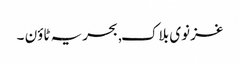
غزنوی بلاک, بحریہ ٹاؤن ۔